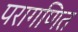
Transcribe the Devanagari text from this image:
परागणित